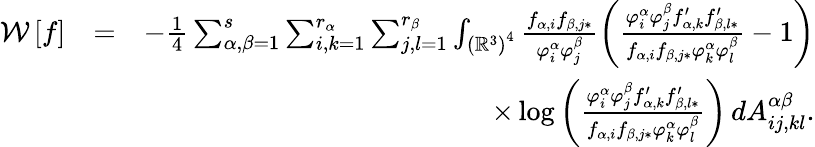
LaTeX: \begin{array}{rlr}{\mathcal{W}\left[f\right]}&{=}&{-\frac{1}{4}\sum_{\alpha,\beta=1}^{s}\sum_{i,k=1}^{r_{\alpha}}\sum_{j,l=1}^{r_{\beta}}\int_{\left(\mathbb{R}^{3}\right)^{4}}\frac{f_{\alpha,i}f_{\beta,j\ast}}{\varphi_{i}^{\alpha}\varphi_{j}^{\beta}}\left(\frac{\varphi_{i}^{\alpha}\varphi_{j}^{\beta}f_{\alpha,k}^{\prime}f_{\beta,l\ast}^{\prime}}{f_{\alpha,i}f_{\beta,j\ast}\varphi_{k}^{\alpha}\varphi_{l}^{\beta}}-1\right)}\\ &{}&{\times\log\left(\frac{\varphi_{i}^{\alpha}\varphi_{j}^{\beta}f_{\alpha,k}^{\prime}f_{\beta,l\ast}^{\prime}}{f_{\alpha,i}f_{\beta,j\ast}\varphi_{k}^{\alpha}\varphi_{l}^{\beta}}\right)\, dA_{ij,kl}^{\alpha\beta}\mathrm{.}}\end{array}